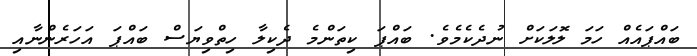
ބައްޕައެއް ހަމަ ލޮލަކަށް ނުދެކެމެވެ. ބައްޕަ ކިތަންމެ ދެކިލާ ހިތްވިޔަސް ބައްޕަ އަހަރެންނާއި